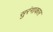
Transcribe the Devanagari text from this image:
सुरंगाकार